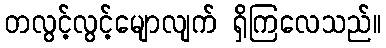
တလွင့်လွင့်မျောလျက် ရှိကြလေသည်။